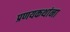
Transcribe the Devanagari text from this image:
प्रणयकथांना